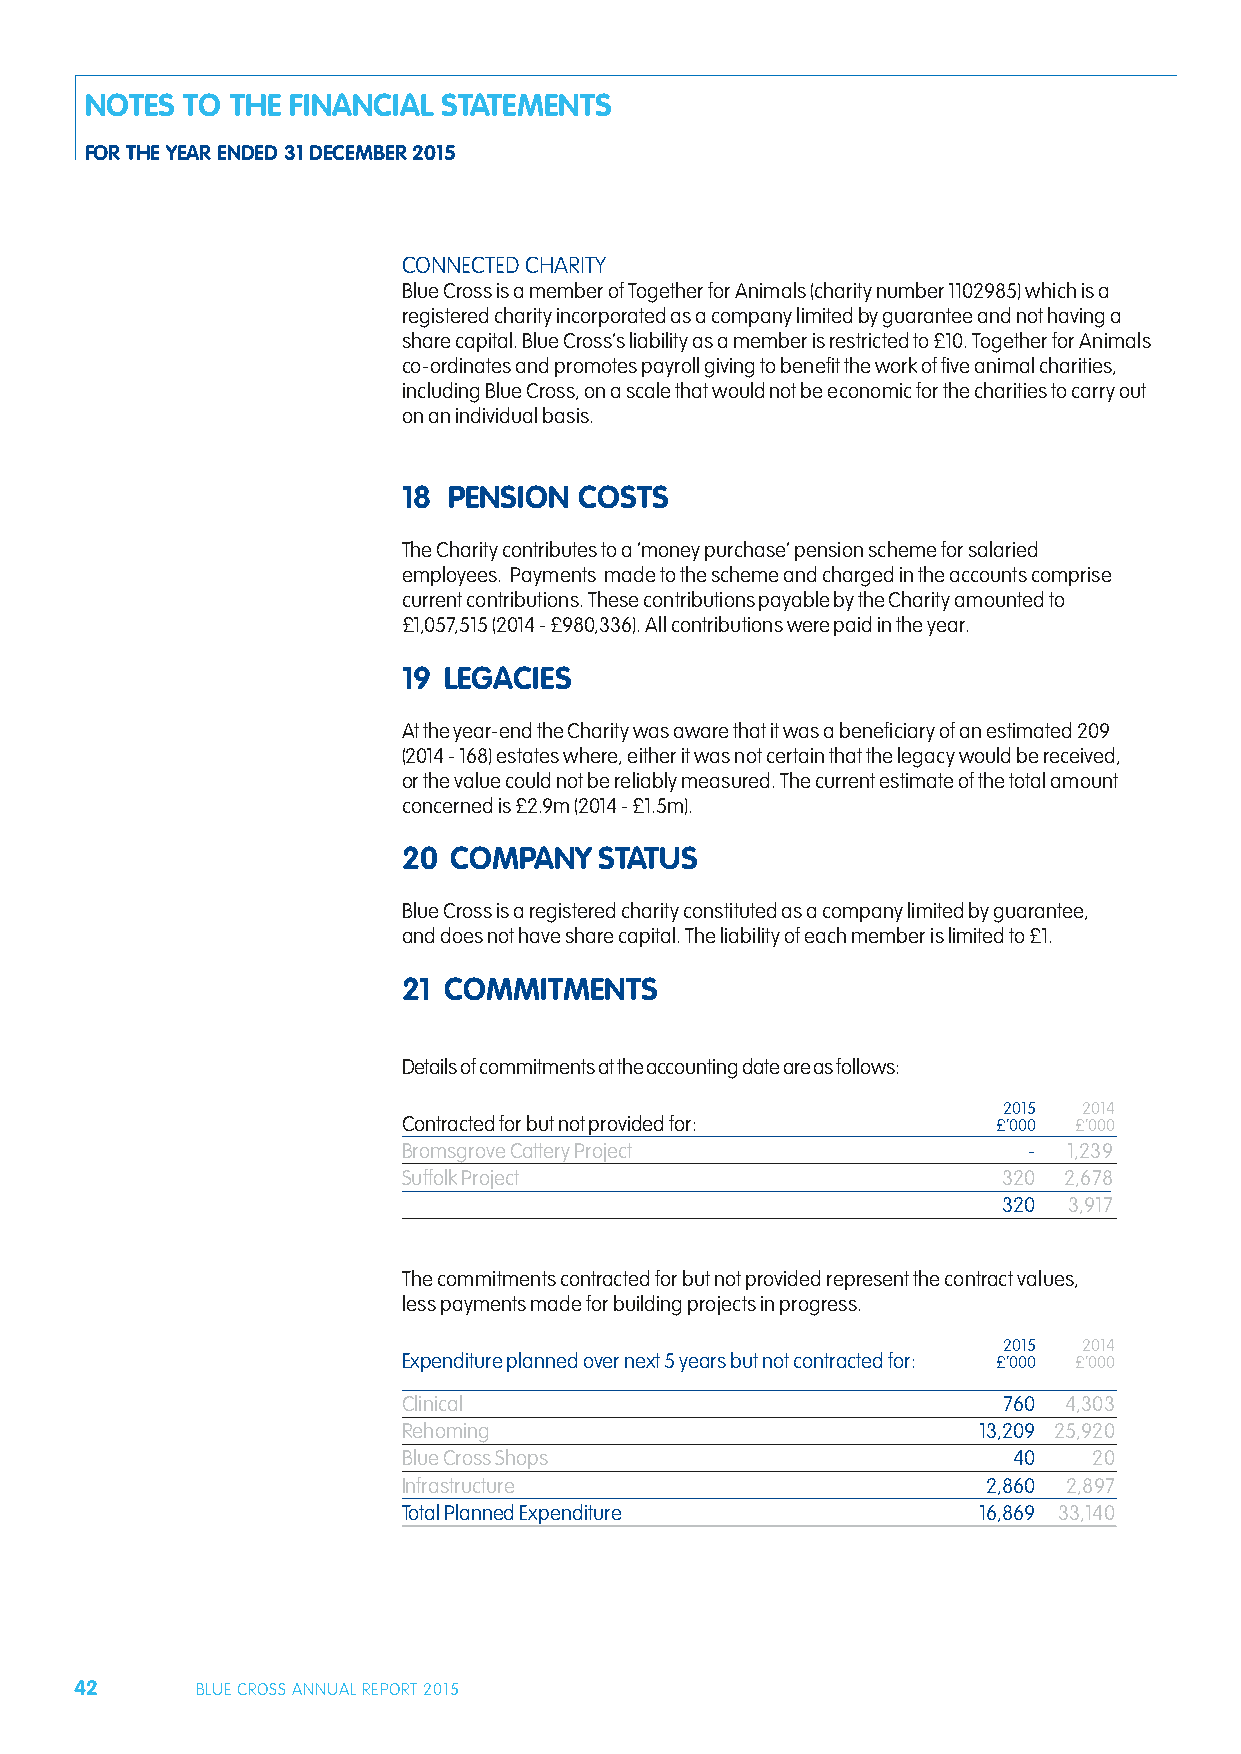
NOTES TO THE FINANCIAL STATEMENTS
 FOR THE YEAR ENDED 31 DECEMBER 2015
 CONNECTED CHARITY
 Blue Cross is a member of Together for Animals (charity number 1102985) which is a
 registered charity incorporated as a company limited by guarantee and not having a
 share capital. Blue Cross’s liability as a member is restricted to £10. Together for Animals
 co-ordinates and promotes payroll giving to benefit the work of five animal charities,
 including Blue Cross, on a scale that would not be economic for the charities to carry out
 on an individual basis.
 18 PENSION COSTS
 The Charity contributes to a ‘money purchase’ pension scheme for salaried
 employees. Payments made to the scheme and charged in the accounts comprise
 current contributions. These contributions payable by the Charity amounted to
 £1,057,515 (2014 - £980,336). All contributions were paid in the year.
 19 LEGACIES
 At the year-end the Charity was aware that it was a beneficiary of an estimated 209
 (2014 - 168) estates where, either it was not certain that the legacy would be received,
 or the value could not be reliably measured. The current estimate of the total amount
 concerned is £2.9m (2014 - £1.5m).
 20 COMPANY   STATUS
 Blue Cross is a registered charity constituted as a company limited by guarantee,
 and does not have share capital. The liability of each member is limited to £1.
 21 COMMITMENTS
 Details of commitments at the accounting date are as follows:
 2015  2014
 Contracted for but not provided for:   £’000 £’000
 Bromsgrove Cattery Project               -  1,239
 Suffolk Project                        320 2,678
 320  3,917
 The commitments contracted for but not provided represent the contract values,
 less payments made for building projects in progress.
 2015  2014
 Expenditure planned over next 5 years but not contracted for: £’000 £’000
 Clinical                               760 4,303
 Rehoming                              13,209 25,920
 Blue Cross Shops                        40   20
 Infrastructure                        2,860 2,897
 Total Planned Expenditure             16,869 33,140
 42      BLUE CROSS ANNUAL REPORT 2015